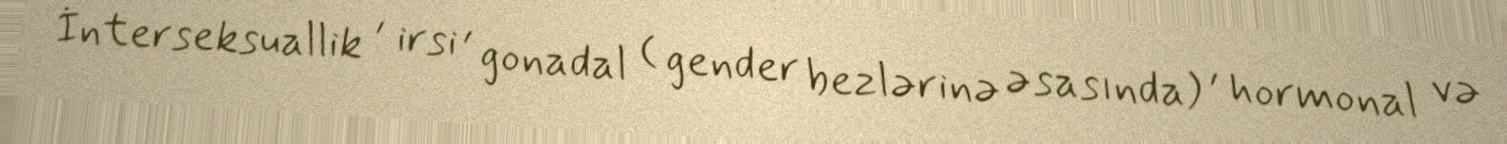
İnterseksuallik , irsi , gonadal ( gender bezlərinə əsasında) , hormonal və